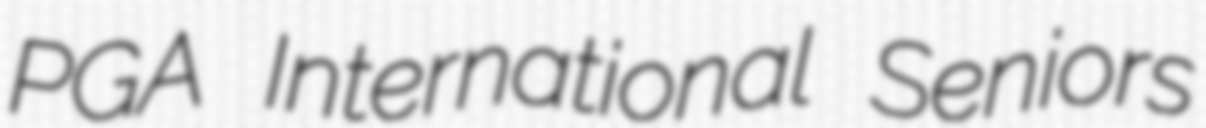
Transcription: PGA International Seniors